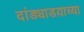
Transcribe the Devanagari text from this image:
दांड्याडय़ाच्या